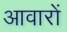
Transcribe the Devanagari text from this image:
आवारों